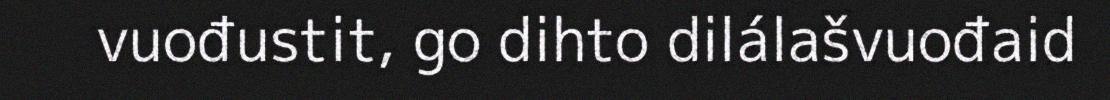
vuođustit, go dihto dilálašvuođaid